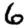
Digit: 6